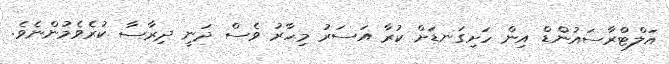
އަލްޓްރާސައުންޑް އިން ހަށިގަނޑަށް ކުރާ އަސަރު މިހާރު ވެސް ދަނީ ދިރާސާ ކުރެވެމުންނެވެ.